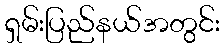
ရှမ်းပြည်နယ်အတွင်း